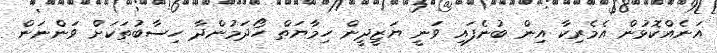
އަނެއްކޮޅުން އެމެރިކާ އިން ބުނެފައި ވަނީ ޔަޒީދީން ހިމާޔަތް ހޯދަމުންދާ ހިސާބުތަކަށް ވަންނަން